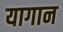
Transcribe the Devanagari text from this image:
यागान